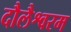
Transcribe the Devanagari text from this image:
दौलैश्वरम